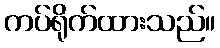
ကပ်ရိုက်ထားသည်။